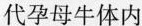
代孕母牛体内